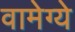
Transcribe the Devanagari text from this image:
वामेग्ये